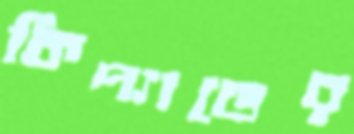
কিপ্যাডের